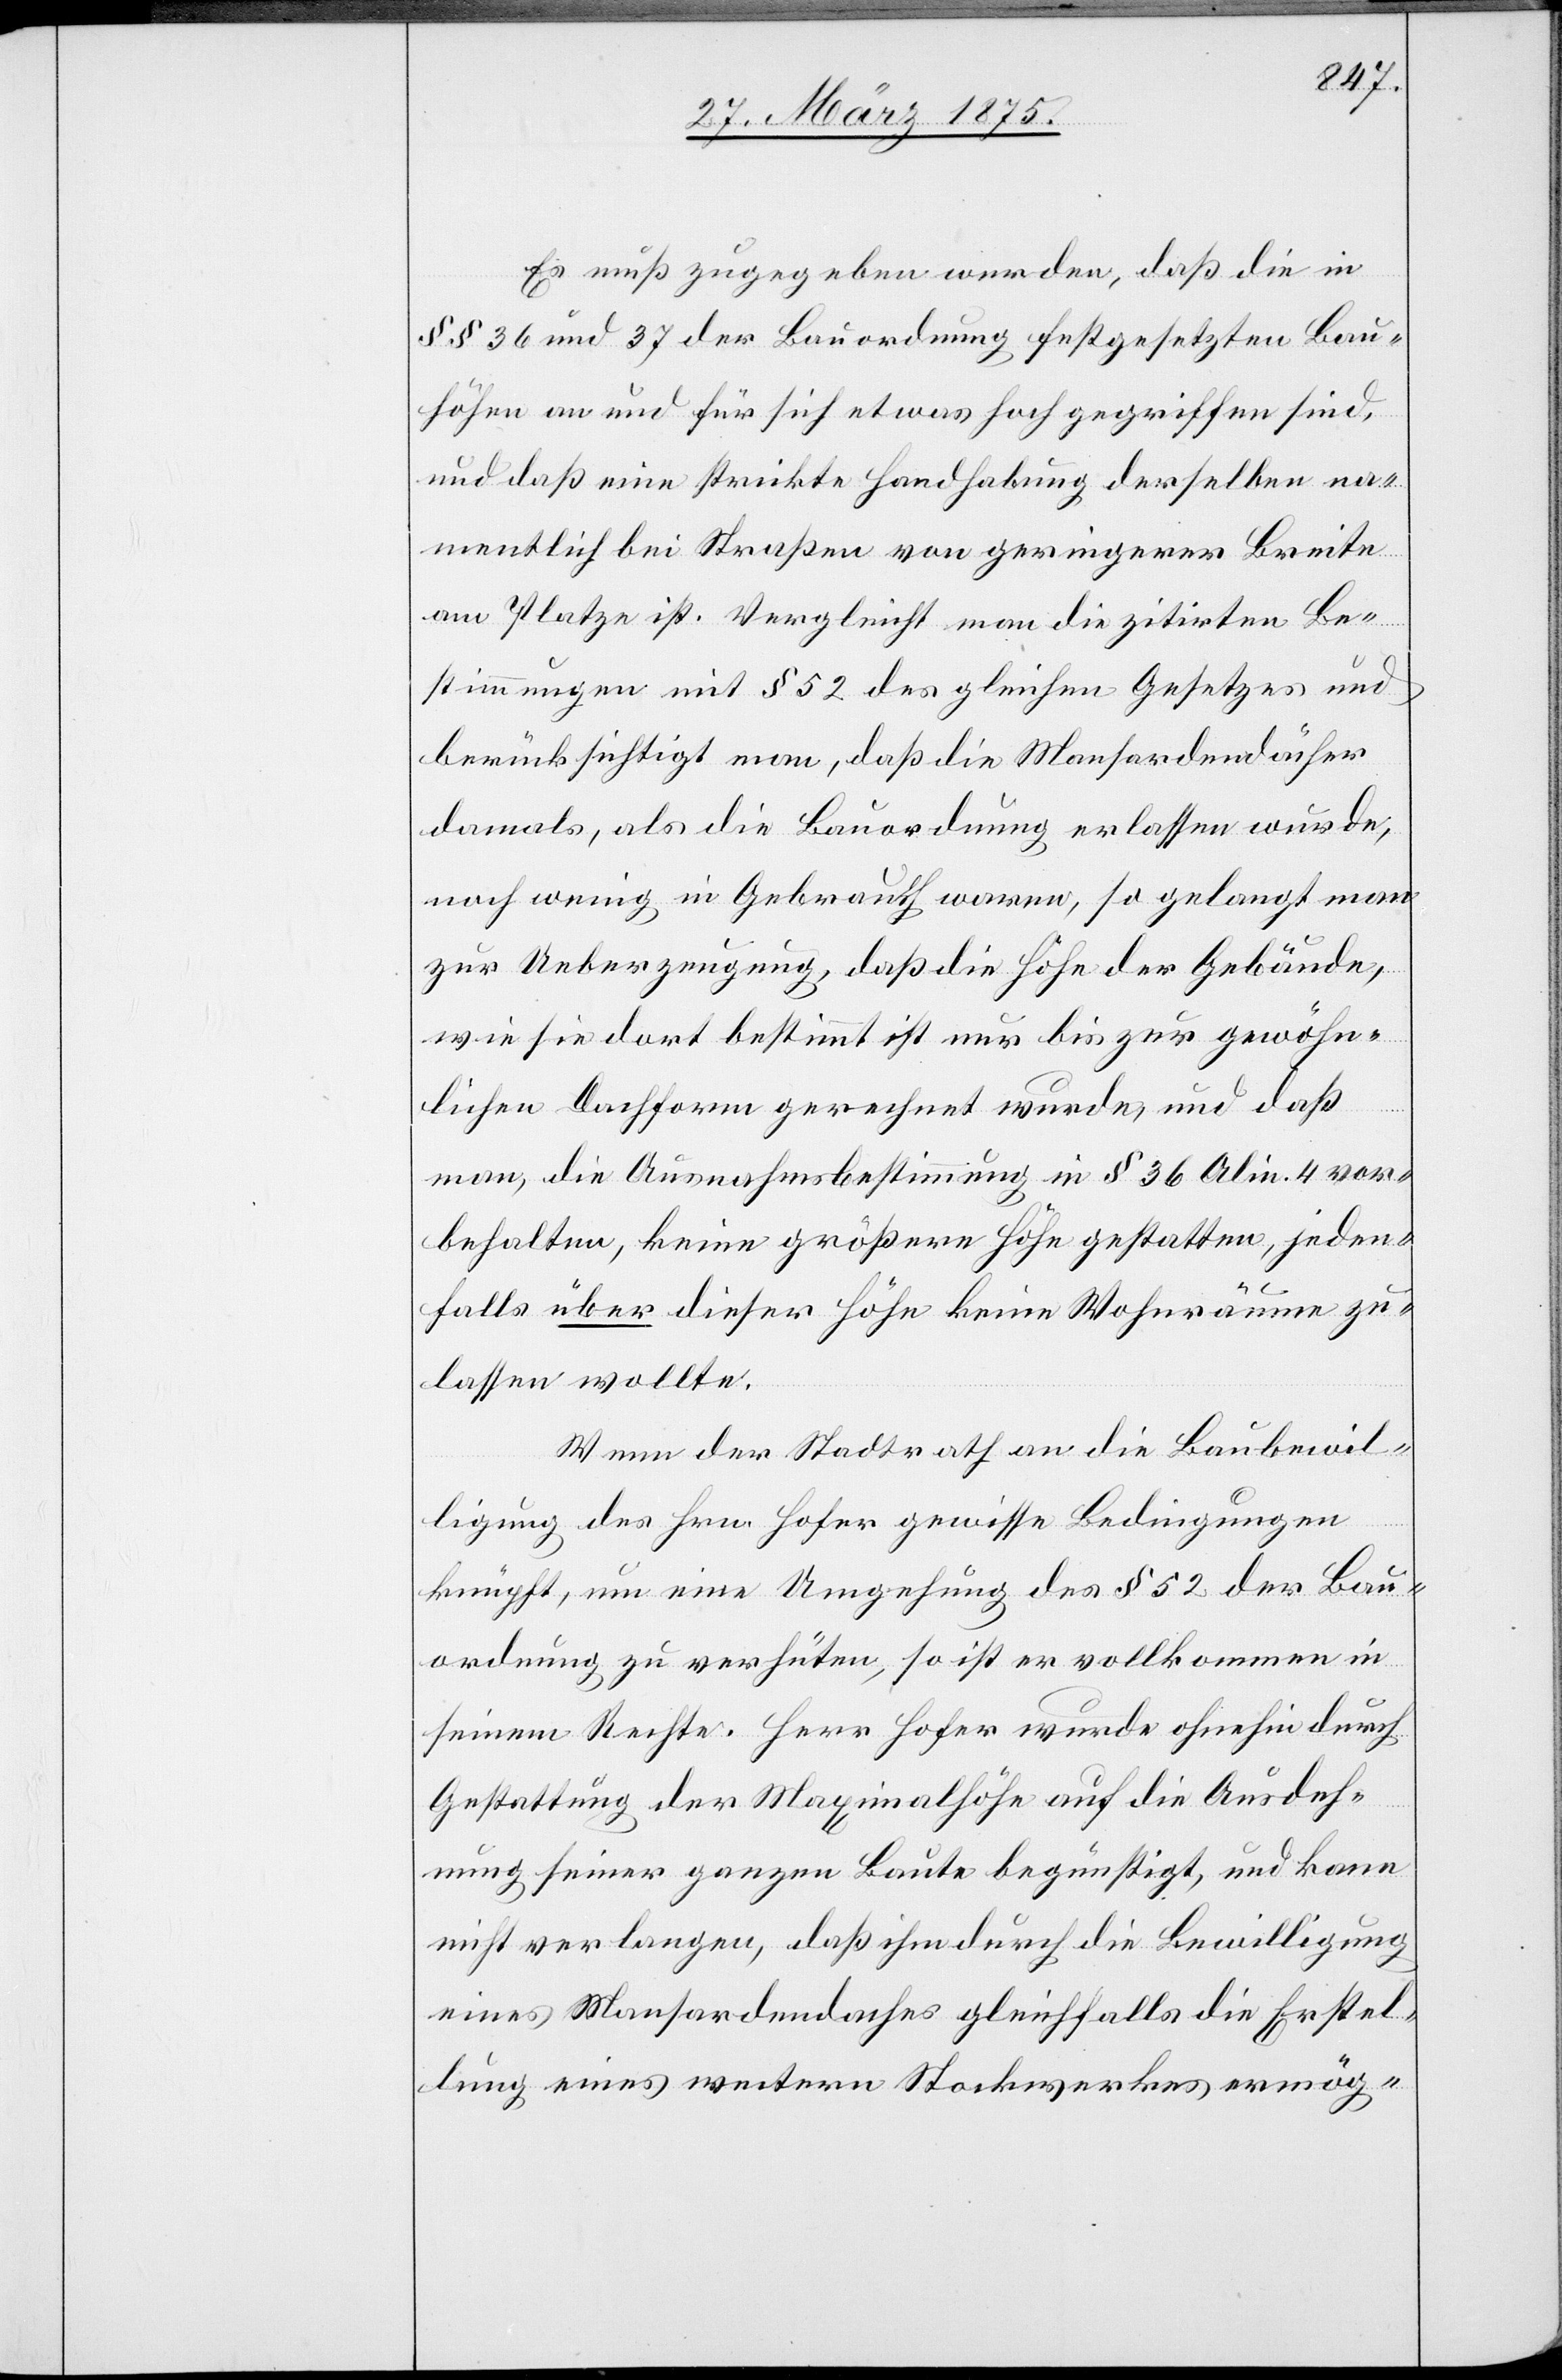
Es muß zugegeben werden, daß die in
§§ 36 und 37 der Bauordnung festgesetzten Bau¬
höhe an und für sich etwas hoch gegriffen sind,
und daß eine strickte Handhabung derselben na¬
mentlich bei Straßen von geringerer Breite
am Platze ist. Vergleicht man die zitirten Be¬
stimmungen mit § 52 des gleichen Gesetzes und
berücksichtigt man, daß die Mansardendächer
damals, als die Bauordnung erlassen wurde,
noch wenig in Gebrauch waren, so gelangt man
zur Ueberzeugung, daß die Höhe der Gebäude,
wie sie dort bestimmt ist nur bis zur gewöhn¬
lichen Dachform gerechnet wurde, und daß
man, die Ausnahmsbestimmung in § 36 Alin 4 vor¬
behalten, keine größere Höhe gestatten, jeden¬
falls über dieser Höhe keine Wohnräume zu¬
lassen wollte.
Wenn der Stadtrath an die Baubewil¬
ligung des Hrn. Hofer gewisse Bedingungen
knüpft, um eine Umgehung des § 52 der Bau¬
ordnung zu verhüten, so ist er vollkommen in
seinem Rechte. Herr Hofer wurde ohnehin durch
Gestattung der Maximalhöhe auf die Ausdeh¬
nung seiner ganzen Baute begünstigt, und kann
nicht verlangen, daß ihm durch die Bewilligung
eines Mansardendaches gleichfalls die Erstel¬
lung eines weitern Stockwerkes ermög-